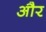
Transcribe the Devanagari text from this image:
और